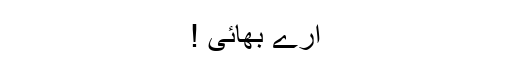
ارے بھائی !